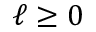
\ell \geq 0